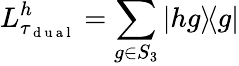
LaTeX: L_{\tau_{\mathrm{~d~u~a~l~}}}^{h}=\sum_{g\in S_{3}}|hg\rangle\! \langle g|